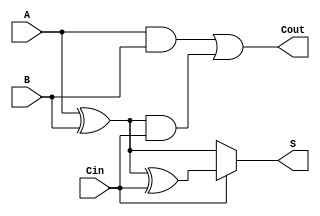
module conditional_sum_full_adder (
    input wire A,      // First significant bit
    input wire B,      // Second significant bit
    input wire Cin,    // Carry input from the previous less significant stage
    output wire S,     // Sum output
    output wire Cout   // Carry output
);

    // Intermediate sum calculations
    wire S0; // Sum without carry
    wire S1; // Sum with carry

    // Calculate S0 and S1
    assign S0 = A ^ B;          // S0 = A XOR B
    assign S1 = S0 ^ Cin;      // S1 = S0 XOR Cin

    // Conditional sum output based on Cin
    assign S = (Cin == 1'b0) ? S0 : S1; // S = S0 if Cin = 0, else S = S1

    // Carry-out calculations
    wire C1; // Carry condition when both A and B are 1
    wire C2; // Carry condition when A and B are different and Cin is 1

    assign C1 = A & B;                     // C1 = A AND B
    assign C2 = S0 & Cin;                  // C2 = (A XOR B) AND Cin

    // Final carry-out output
    assign Cout = C1 | C2;                 // Cout = C1 OR C2

endmodule